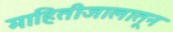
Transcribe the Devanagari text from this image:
माहितीजालातून